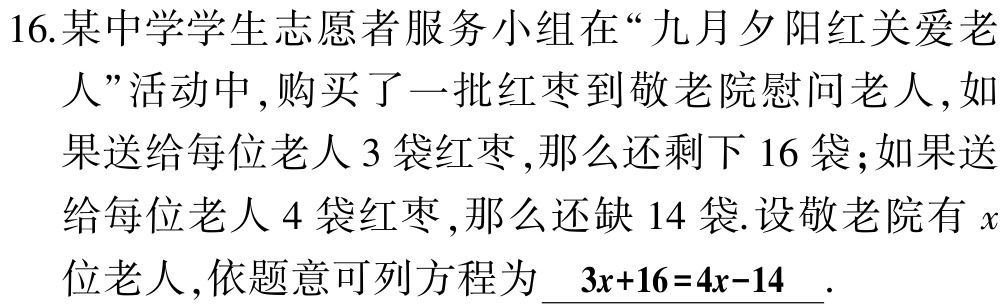
16.某中学学生志愿者服务小组在“九月夕阳红关爱老人”活动中,购买了一批红枣到敬老院慰问老人,如果送给每位老人$3$袋红枣,那么还剩下$16$袋;如果送给每位老人$4$袋红枣,那么还缺$14$袋.设敬老院有$x$位老人,依题意可列方程为$\ 3x + 16 = 4x - 14$ .